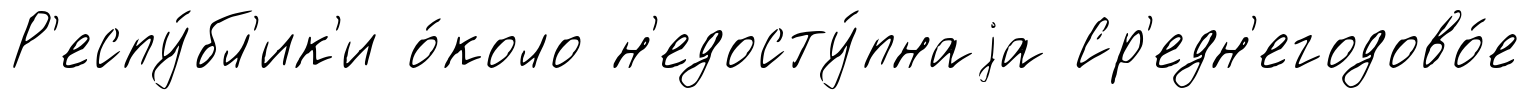
Р'еспу́бл'ик'и о́коло н'едосту́пнаjа Ср'едн'егодово́е